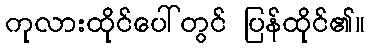
ကုလားထိုင်ပေါ်တွင် ပြန်ထိုင်၏။